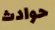
حوادث